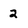
Character: 2